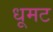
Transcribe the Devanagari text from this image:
धूमट